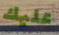
عليك